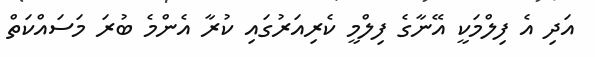
އަދި އެ ފިލްމަކީ އޭނާގެ ފިލްމީ ކެރިއަރުގައި ކުރާ އެންމެ ބުރަ މަސައްކަތް